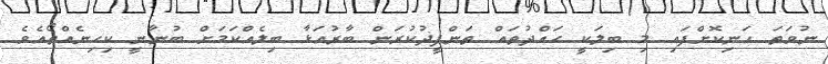
ނުވަތަ ހަނިކޮށްފައި މި ބިލަކީ ޙައްދުތައް ތަންފީޛުކުރަން ބާރުއަޅާ ބިލެއްކަމަށް ބުނާނީ ކިހިނެއްތޯއެވެ.